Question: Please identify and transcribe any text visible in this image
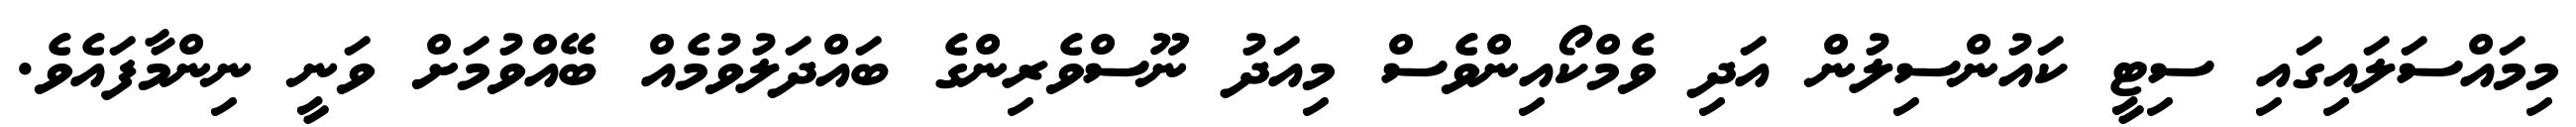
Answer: މިމައްސަލައިގައި ސިޓީ ކައުންސިލުން އަދި ވެމްކޯއިންވެސް މިއަދު ނޫސްވެރިންގެ ބައްދަލުވުމެއް ބޭއްވުމަށް ވަނީ ނިންމާފައެވެ.